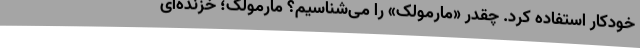
خودکار استفاده کرد. چقدر «مارمولک» را می‌شناسیم؟ مارمولک؛ خزنده‌ای